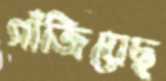
গাঁজিয়েছ